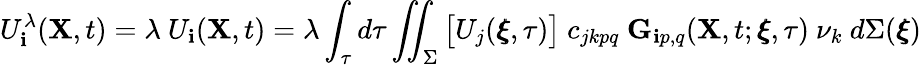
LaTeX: U_{\mathbf{i}}^{\lambda}(\mathbf{{X}},t)=\lambda~U_{\mathbf{i}}(\mathbf{{X}},t)=\lambda\int_{\tau}d\tau\iint_{\Sigma}\big[U_{j}(\pmb{\xi},\tau)\big]~c_{jkpq}~\mathbf{{G}}_{\mathbf{i}p,q}(\mathbf{{X}},t;\pmb{\xi},\tau)~\nu_{k}~d\Sigma(\pmb{\xi})